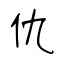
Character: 仇